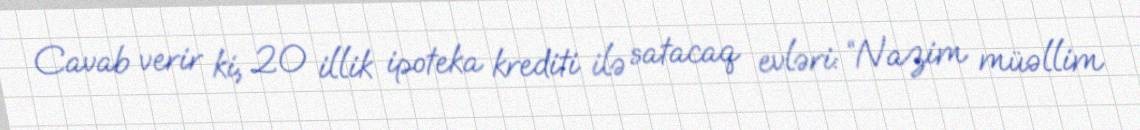
Cavab verir ki, 20 illik ipoteka krediti ilə satacaq evləri: “Nazim müəllim